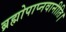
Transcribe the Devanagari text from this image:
ब्रह्मोपाप्नवानीति।